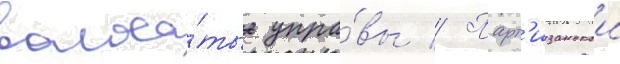
волоса́тые упра́вы // Парт'изанскои